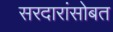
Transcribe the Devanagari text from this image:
सरदारांसोबत